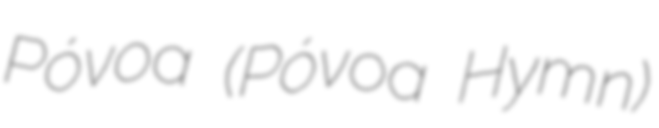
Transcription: Póvoa (Póvoa Hymn)